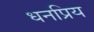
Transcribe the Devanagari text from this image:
धनप्रिय